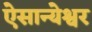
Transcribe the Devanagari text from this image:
ऐसान्येश्वर